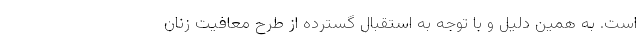
است. به همین دلیل و با توجه به استقبال گسترده از طرح معافیت زنان